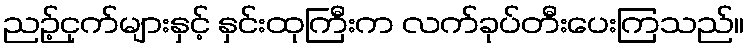
ညဉ့်ငှက်များနှင့် နှင်းထုကြီးက လက်ခုပ်တီးပေးကြသည်။